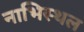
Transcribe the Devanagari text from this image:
नाभिस्थल